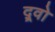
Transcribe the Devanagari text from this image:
द्र्वो